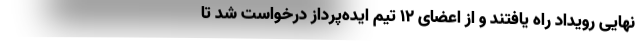
نهایی رویداد راه یافتند و از اعضای 12 تیم ایده‌پرداز درخواست شد تا